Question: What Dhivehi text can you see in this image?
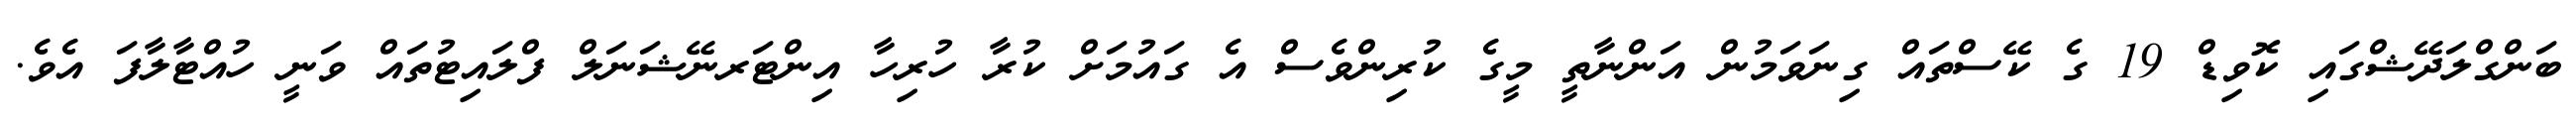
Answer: ބަންގްލަދޭޝްގައި ކޮވިޑް 19 ގެ ކޭސްތައް ގިނަވަމުން އަންނާތީ މީގެ ކުރިންވެސް އެ ގައުމަށް ކުރާ ހުރިހާ އިންޓަރނޭޝަނަލް ފްލައިޓުތައް ވަނީ ހުއްޓާލާފަ އެވެ.